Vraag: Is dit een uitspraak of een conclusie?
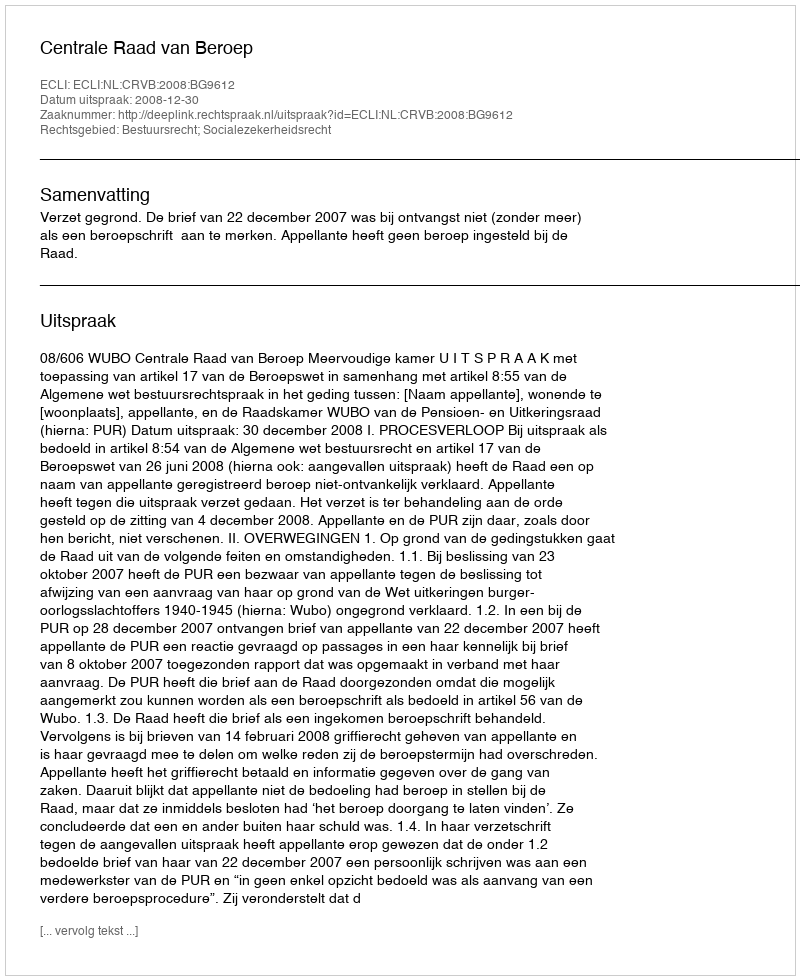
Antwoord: Uitspraak